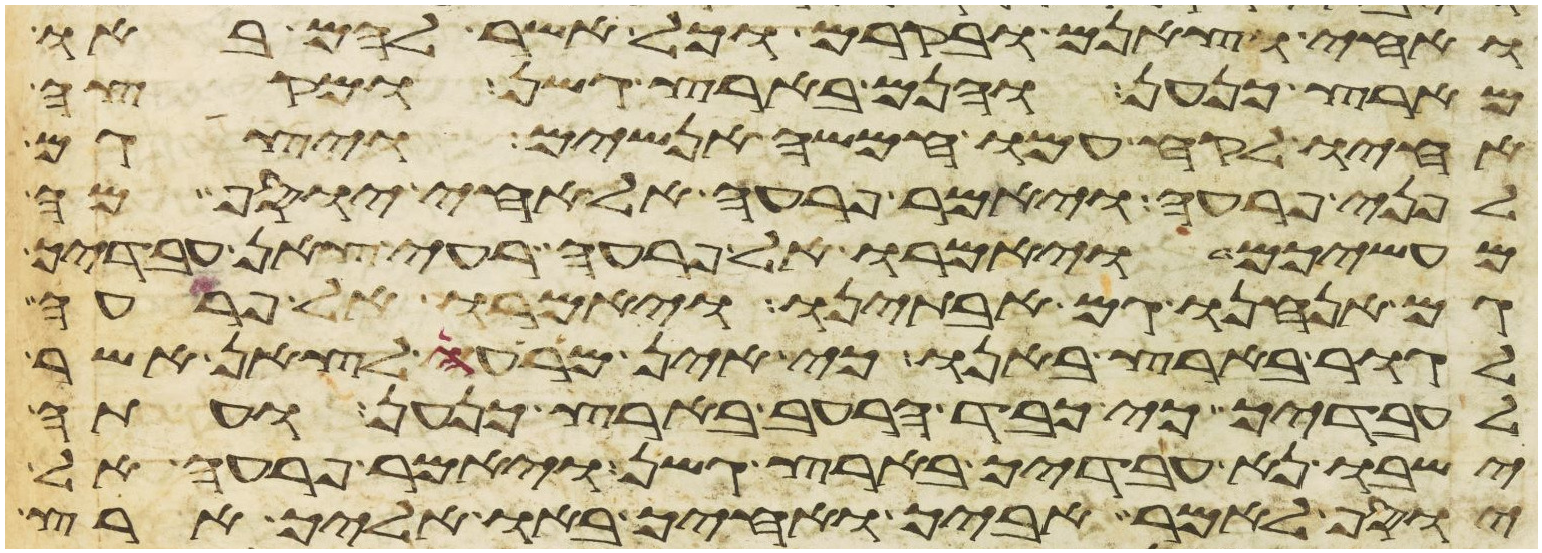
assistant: ואחי וצאנם ובקרם וכל אשר להם באו
מארץ כנען והנם בארץ גשן ומקצה
אחיו לקח עמו חמשה אנשים ויצגם
לפני פרעה ויאמר פרעה אל אחי יוסף מה
מעשיכם ויאמרו אל פרעה רעי צאן עבדיך
גם אנחנו גם אבתינו ויאמרו אל פרעה
לגור בארץ באנו כי אין מרעה לצאן אשר
לעבדיך כי כבד הרעב בארץ כנען ועתה
ישבו נא עבדיך בארץ גשן ויאמר פרעה אל
יוסף לאמר אביך ואחיך באו אליך ארץ